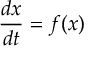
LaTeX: { \frac { d x } { d t } } = f ( x )